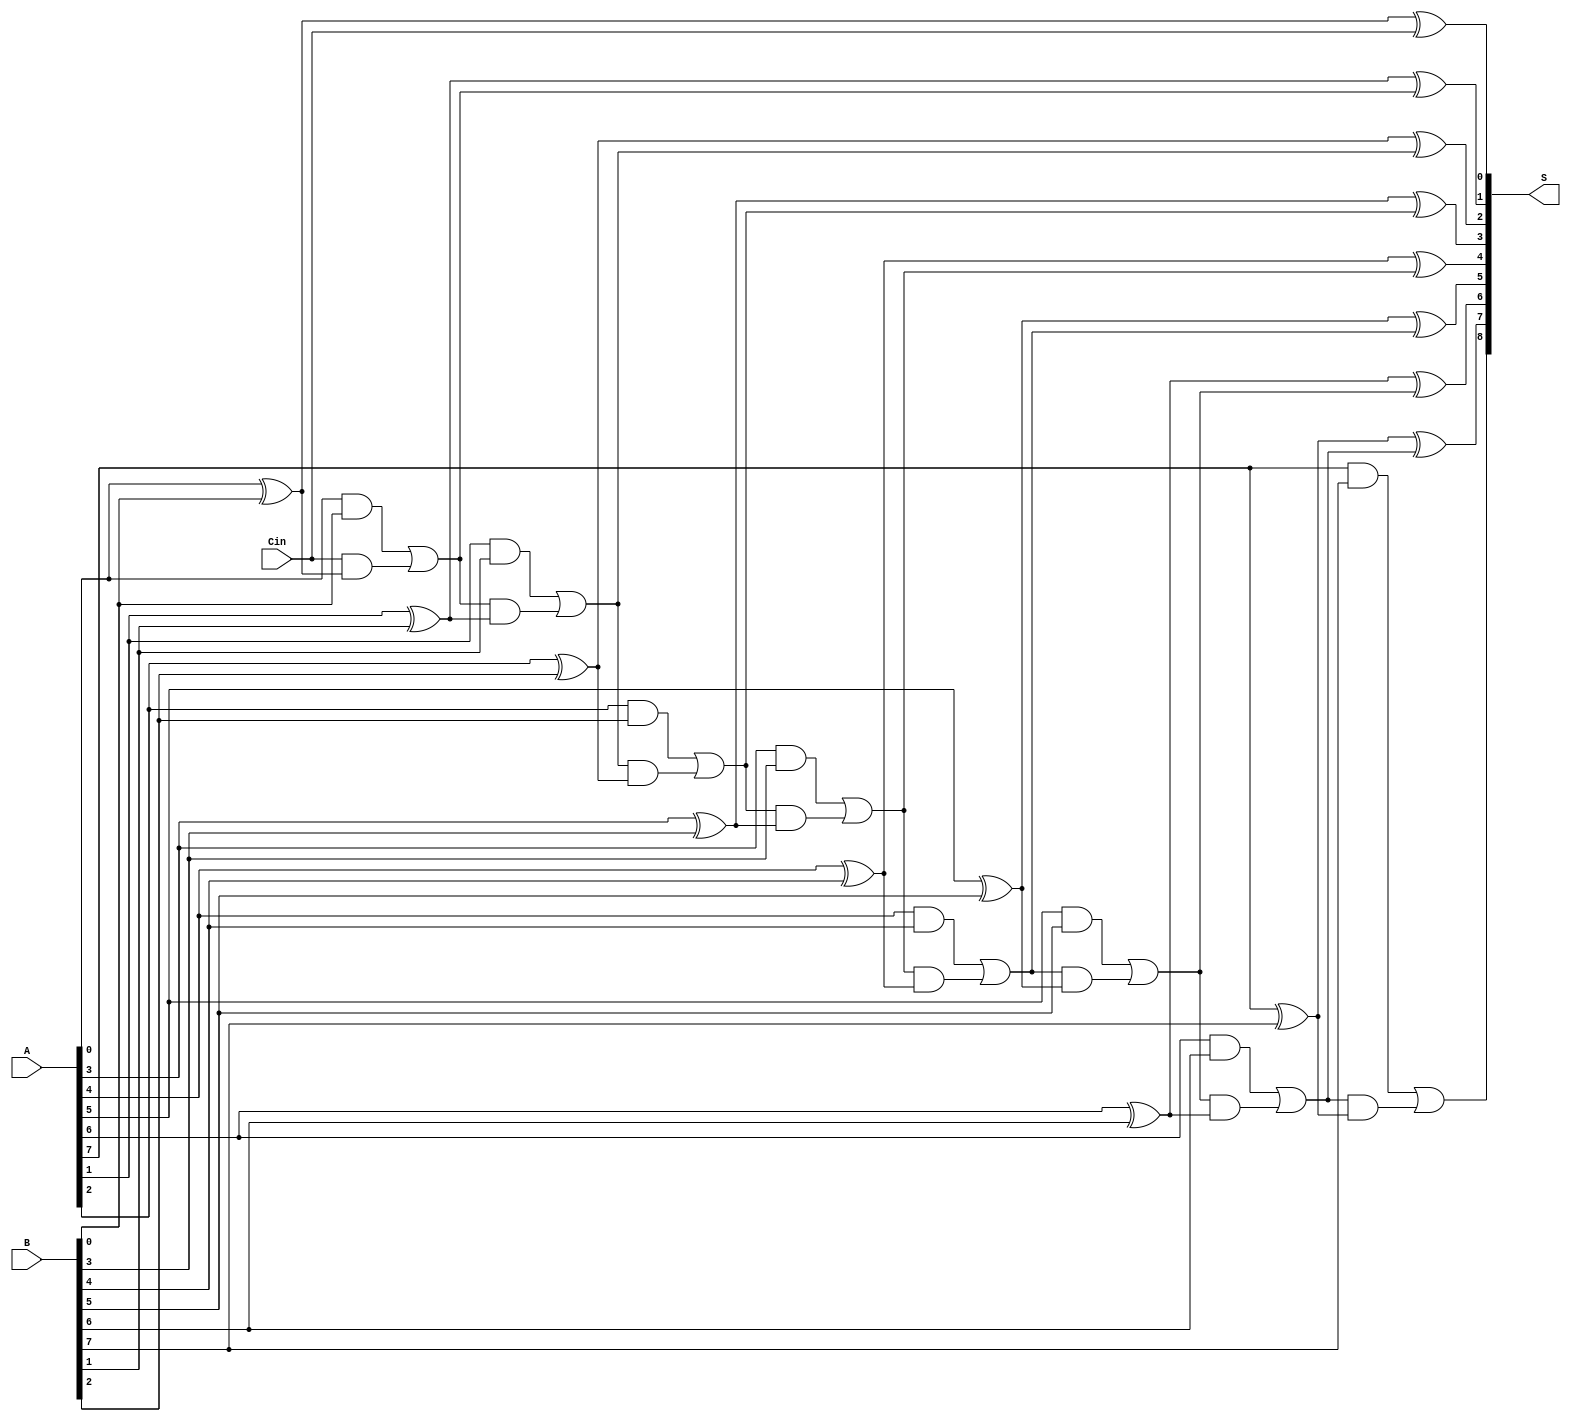
module PrecomputationCarryAdder #(
    parameter N = 8  // Width of the input binary numbers
) (
    input  [N-1:0] A,     // First input binary number
    input  [N-1:0] B,     // Second input binary number
    input         Cin,     // Carry input
    output [N:0] S        // Output sum including carry out
);

    // Intermediate carry signals
    wire [N:0] carry;      // Carry for each bit position

    // Precompute carries
    assign carry[0] = Cin; // Initial carry is the carry input

    genvar i;
    generate
        for (i = 0; i < N; i = i + 1) begin : carry_computation
            // Calculate carry for the next position
            assign carry[i + 1] = (A[i] & B[i]) | (carry[i] & (A[i] ^ B[i]));
        end
    endgenerate

    // Calculate the sum
    genvar j;
    generate
        for (j = 0; j < N; j = j + 1) begin : sum_computation
            assign S[j] = A[j] ^ B[j] ^ carry[j];  // Sum calculation
        end
    endgenerate

    // Final carry out
    assign S[N] = carry[N]; // Assign final carry out to the last bit of S

endmodule